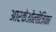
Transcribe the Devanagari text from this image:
आरकेओलोजिका